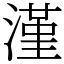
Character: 漌